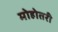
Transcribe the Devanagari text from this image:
मोहोतरी